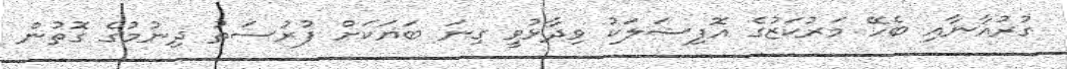
ގުރުއާނާއި ބެހޭ މަރުކަޒުގެ އޮފިޝަލަކު ވިދާޅުވީ ގިނަ ބަޔަކަށް ފުރުސަތު ދިނުމުގެ ގޮތުން